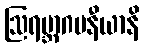
ဩရမ္ဘာဂမနီယာနိ